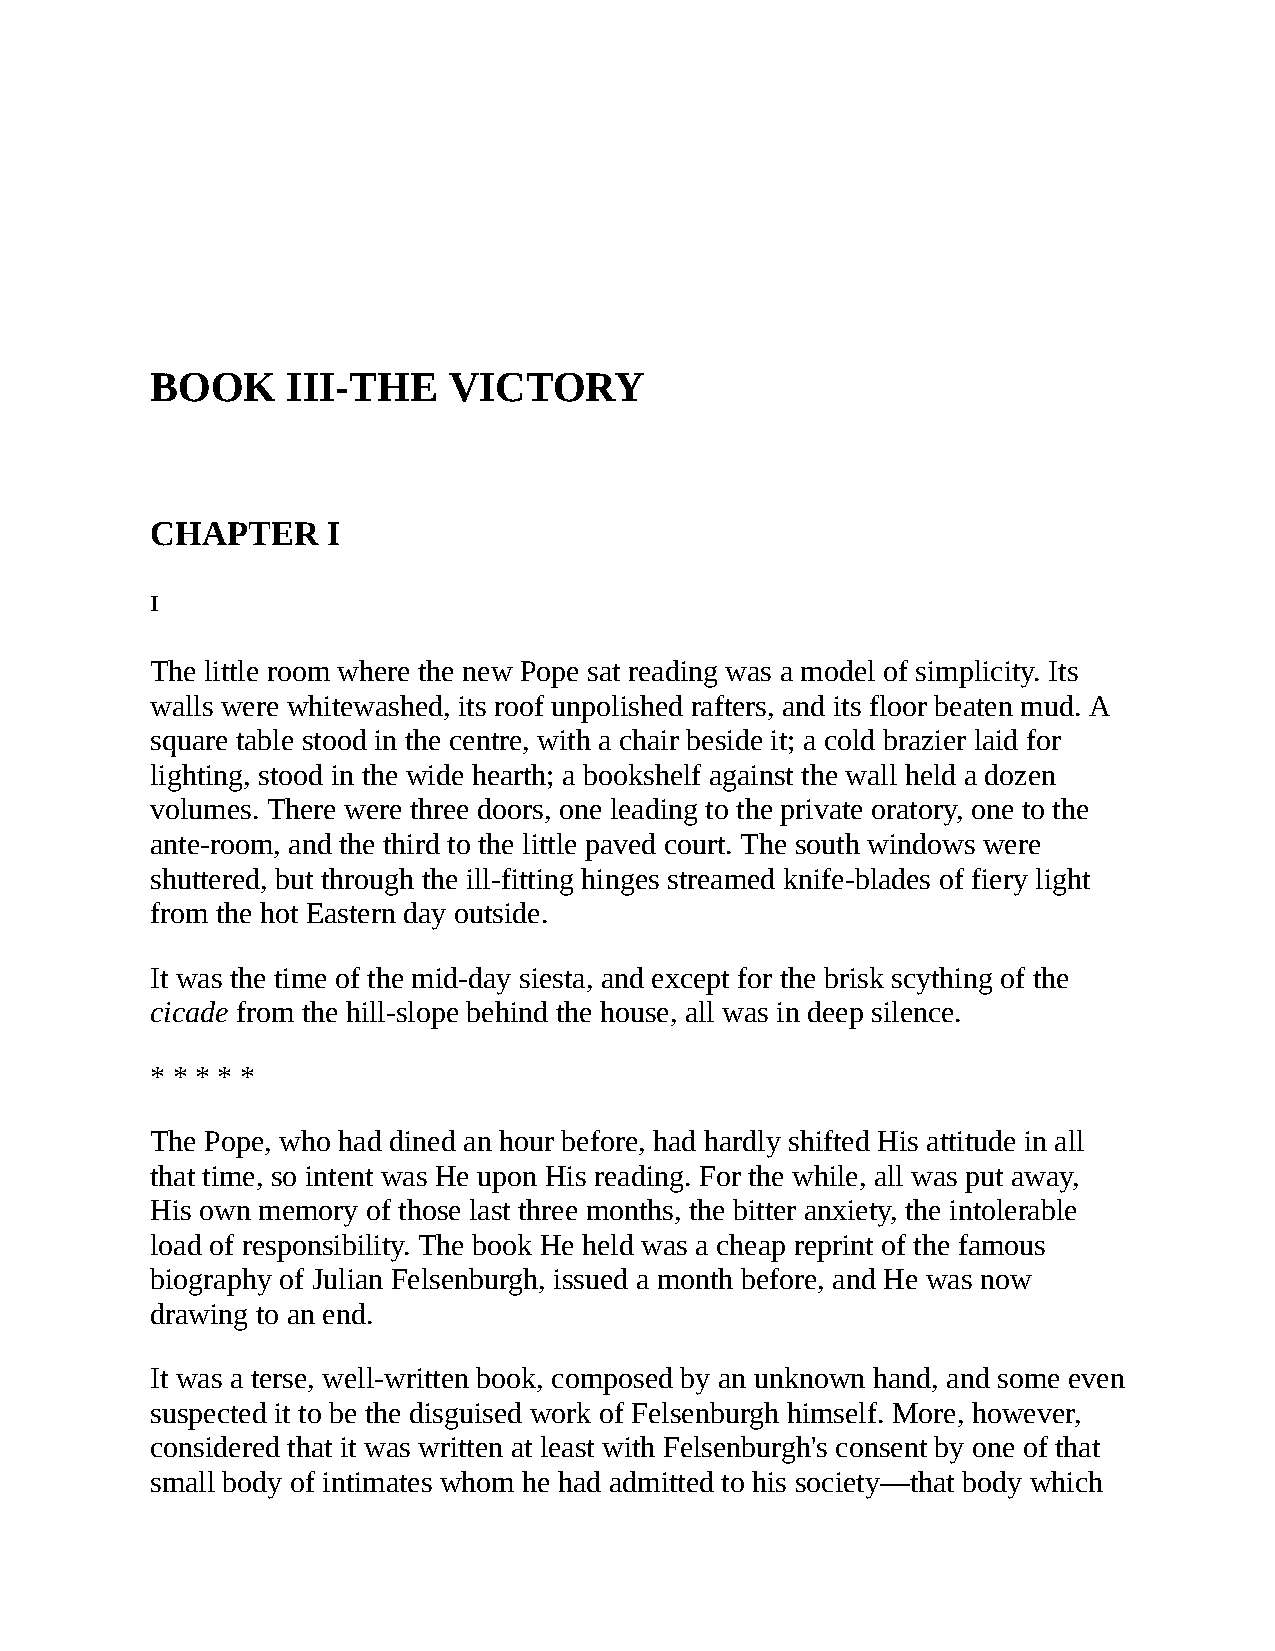
BOOK     III-THE    VICTORY
 CHAPTER     I
 I
 The little room where the new Pope sat reading was a model of simplicity. Its
 walls were whitewashed, its roof unpolished rafters, and its floor beaten mud. A
 square table stood in the centre, with a chair beside it; a cold brazier laid for
 lighting, stood in the wide hearth; a bookshelf against the wall held a dozen
 volumes. There were three doors, one leading to the private oratory, one to the
 ante-room, and the third to the little paved court. The south windows were
 shuttered, but through the ill-fitting hinges streamed knife-blades of fiery light
 from the hot Eastern day outside.
 It was the time of the mid-day siesta, and except for the brisk scything of the
 cicade from the hill-slope behind the house, all was in deep silence.
 * * * * *
 The Pope, who had dined an hour before, had hardly shifted His attitude in all
 that time, so intent was He upon His reading. For the while, all was put away,
 His own memory of those last three months, the bitter anxiety, the intolerable
 load of responsibility. The book He held was a cheap reprint of the famous
 biography of Julian Felsenburgh, issued a month before, and He was now
 drawing to an end.
 It was a terse, well-written book, composed by an unknown hand, and some even
 suspected it to be the disguised work of Felsenburgh himself. More, however,
 considered that it was written at least with Felsenburgh's consent by one of that
 small body of intimates whom he had admitted to his society—that body which